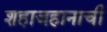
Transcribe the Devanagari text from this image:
शहाजहानाची